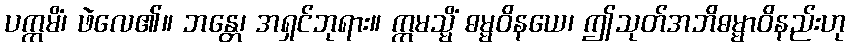
ပက္ကမိံ၊ ဖဲလေ၏။ ဘန္တေ၊ အရှင်ဘုရား။ ဣမသ္မိံ ဓမ္မဝိနယေ၊ ဤသုတ်အဘိဓမ္မာဝိနည်းဟု